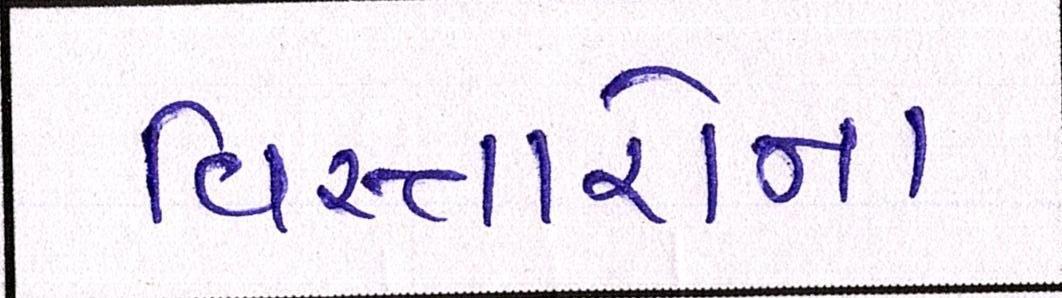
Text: વિસ્તારોના